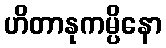
ဟိတာနုကမ္ပိနော